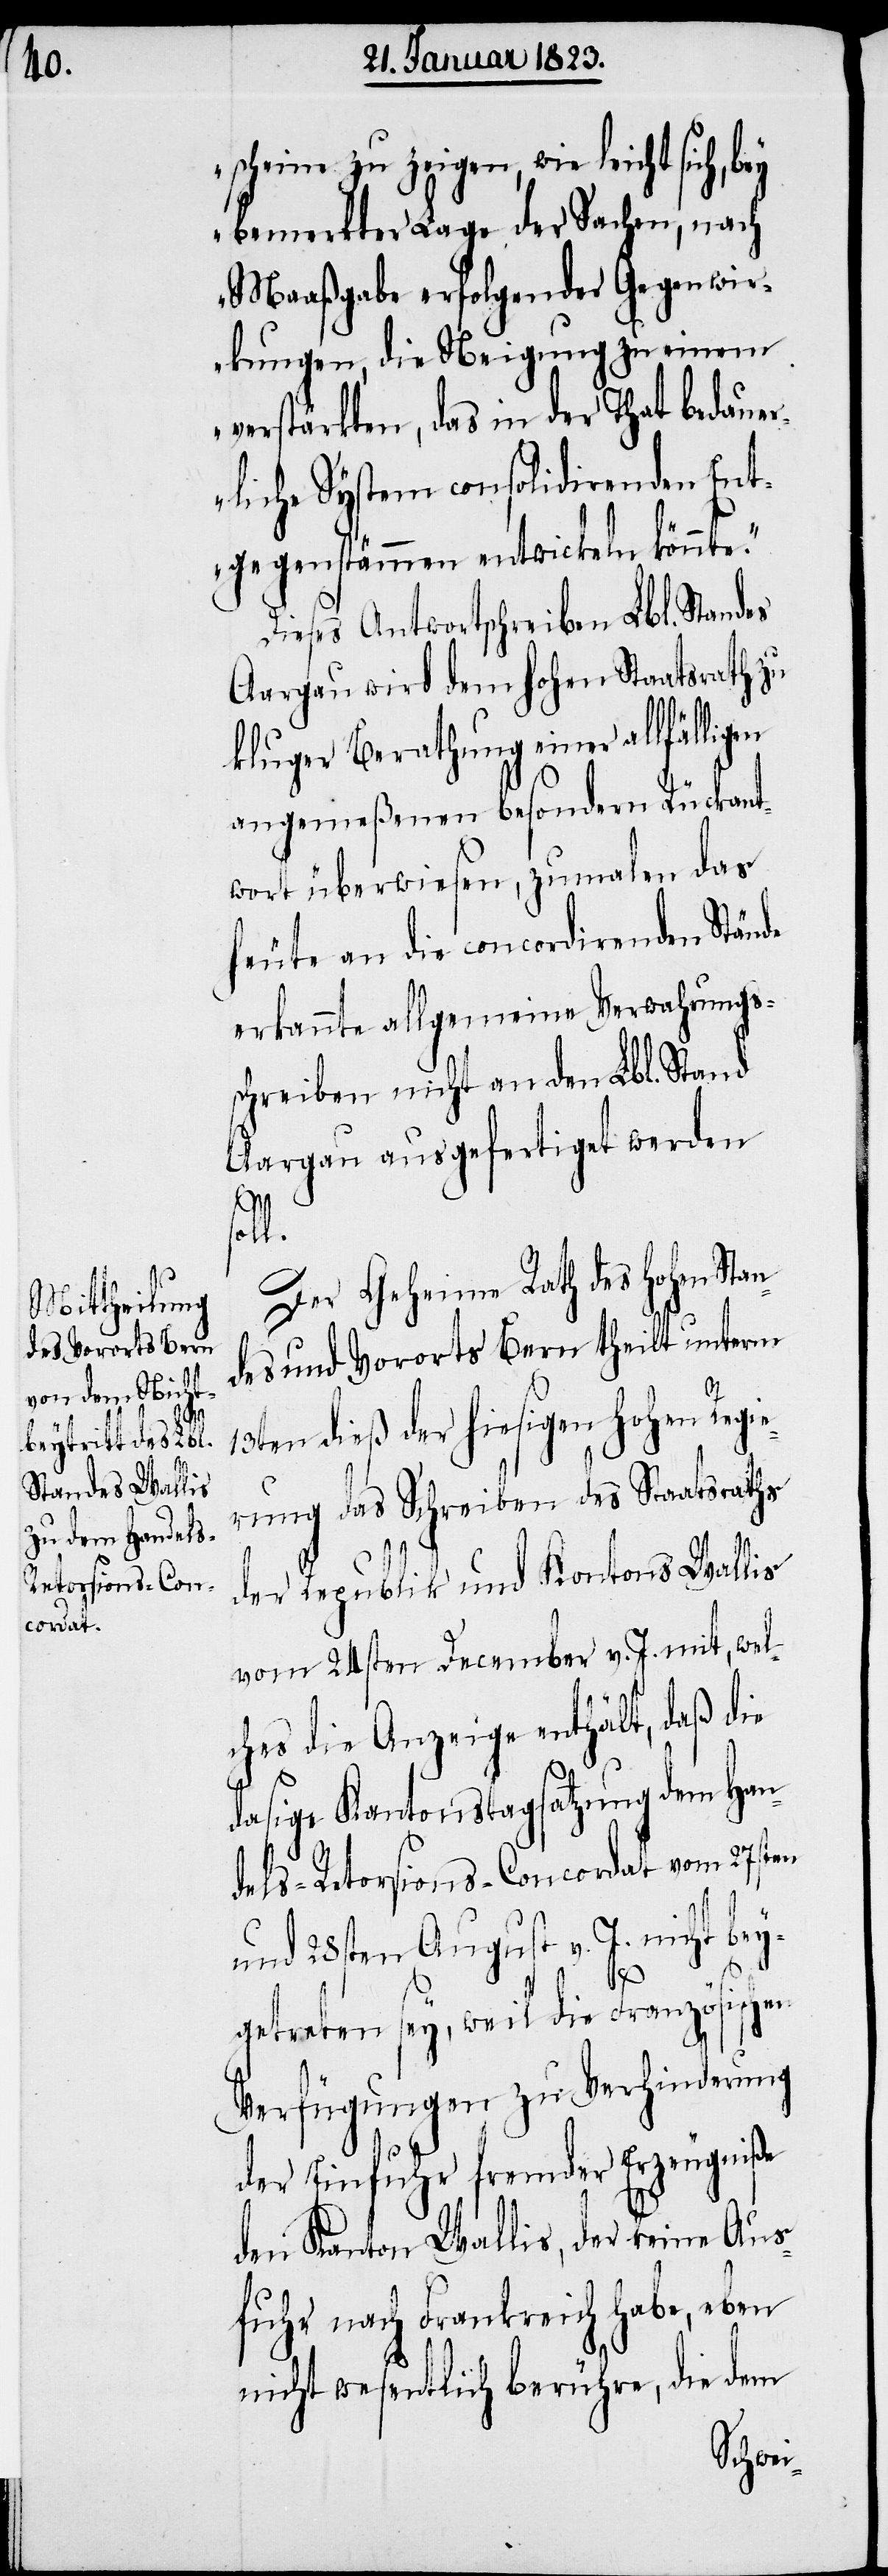
scheine zu zeigen, wie leicht
bemerkter Lage der Sachen, nach
Maaßgabe erfolgender Gegenwir¬
kungen, die Neigung zu einem
verstärkten, das in der That bedaue¬
rliche System consolidirenden Ent¬
gegenstämmen entwickeln könnte.“
Dieses Antwortschreiben Lbl. Standes
Aargau wird dem hohen Staatsrath zu
kluger Berathung einer allfäl¬
angemeßenen besondern Rückant¬
wort überwiesen, zumalen das
heute an die concordirenden Stände
erkannte allgemeine Verwahrungs¬
schreiben nicht an den Lbl. Stand
Aargau ausgefertiget werden
ligen
soll.
Der Geheime Rath des Hohen Stan¬
des und Vororts Bern theilt unterm
13ten dieß der hiesigen Hohen Regie¬
rung das Schreiben des Staatsraths
der Republik und Kontons [sic!]
vom 24sten December v. J. mit, wel¬
ches die Anzeige enthält, daß die
dasige Kantonstagsatzung dem Han¬
dels-Retorsions-Concordat vom 27sten
und 28sten August v. J. nicht bey¬
getreten sey, weil die Französischen
Verfügungen zu Verhinderung
der Einfuhr fremder Erzeugniße
den Kanton Wallis, der keine Aus¬
fuhr nach Frankreich habe, eben
nicht wesentlich berühre, die dem